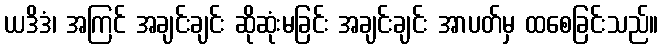
ယဒိဒံ၊ အကြင် အချင်းချင်း ဆိုဆုံးမခြင်း အချင်းချင်း အာပတ်မှ ထစေခြင်းသည်။